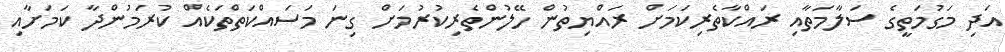
އަދި މަގުމަތީގެ ސަލާމަތާއި ރައްކާތެރިކަމަށް ރައްޔިތުން ހޭލުންތެރިކުރުމަށް ގިނަ މަސައްކަތްތަކެއް ކުރަމުންދާ ކަމަށާއި